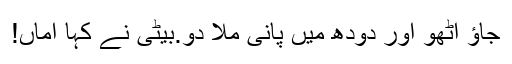
جاؤ اٹھو اور دودھ میں پانی ملا دو.بیٹی نے کہا اماں!